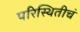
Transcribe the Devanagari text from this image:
परिस्थितीचं